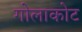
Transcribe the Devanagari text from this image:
गोलाकोट